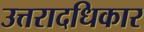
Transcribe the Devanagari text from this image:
उत्तरादधिकार